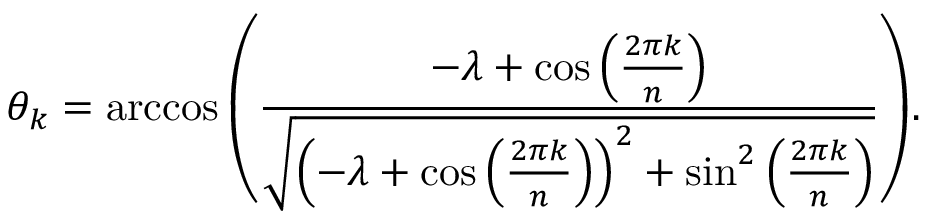
\theta _ { k } = \operatorname { a r c c o s } { \left( \frac { - \lambda + \cos { \left( \frac { 2 \pi k } { n } \right) } } { \sqrt { \left( - \lambda + \cos { \left( \frac { 2 \pi k } { n } \right) } \right) ^ { 2 } + \sin ^ { 2 } { \left( \frac { 2 \pi k } { n } \right) } } } \right) } .